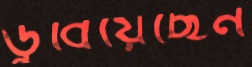
ডুবিয়েছেন